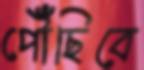
পৌঁছিবে